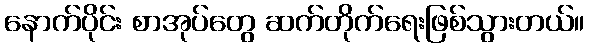
နောက်ပိုင်း စာအုပ်တွေ ဆက်တိုက်ရေးဖြစ်သွားတယ်။